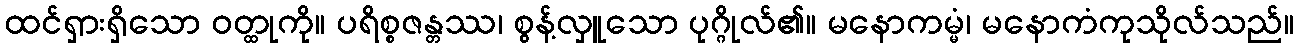
ထင်ရှားရှိသော ဝတ္ထုကို။ ပရိစ္စဇန္တဿ၊ စွန့်လှူသော ပုဂ္ဂိုလ်၏။ မနောကမ္မံ၊ မနောကံကုသိုလ်သည်။